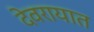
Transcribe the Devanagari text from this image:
देवरायात